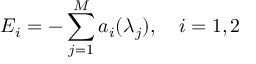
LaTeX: E _ { i } = - \sum _ { j = 1 } ^ { M } a _ { i } ( \lambda _ { j } ) , \quad i = 1 , 2